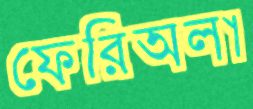
ফেরিঅলা